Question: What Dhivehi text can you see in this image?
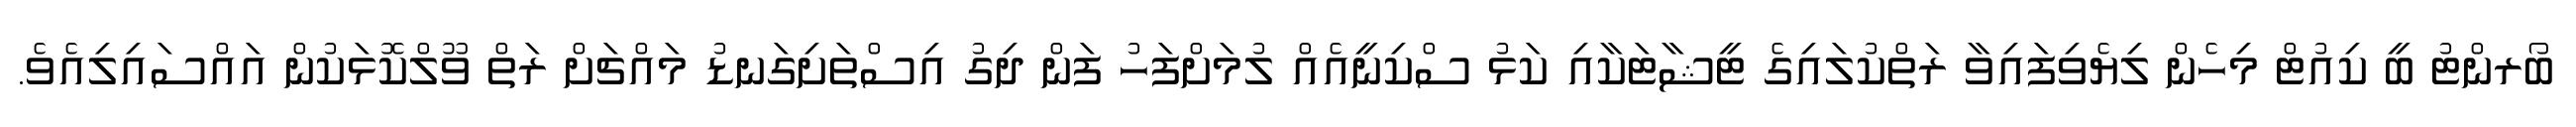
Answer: ބޯރންޓު ބީ ކިއުޓް މިހެން ލިޔެވިފައިވާ ރަތްކުލައިގެ ޓީޝާޓަކާއި ކަޅު ސްކިނީއެއް ލުމަށްފަހު ފަން ދިގު އިސްތަށިގަނޑު މައްޗަށް ރަތް ވޫލްކޮޅަކުން އައްސައިލިއެވެ.